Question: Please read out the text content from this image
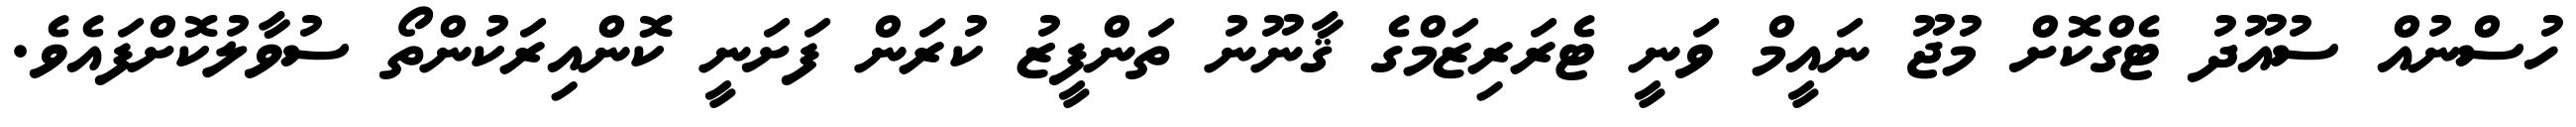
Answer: ހުސްނުއް ސުއޫދު ޓެގްކޮށް މުޖޫ ނައީމް ވަނީ ޓެރަރިޒަމްގެ ޤާނޫނު ތަންފީޒު ކުރަން ފަށަނީ ކޮންއިރަކުންތޯ ސުވާލުކޮށްފައެވެ.